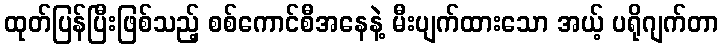
ထုတ်ပြန်ပြီးဖြစ်သည့် စစ်ကောင်စီအနေနဲ့ မီးပျက်ထားသော အယ့် ပရိုဂျက်တာ